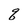
Character: q